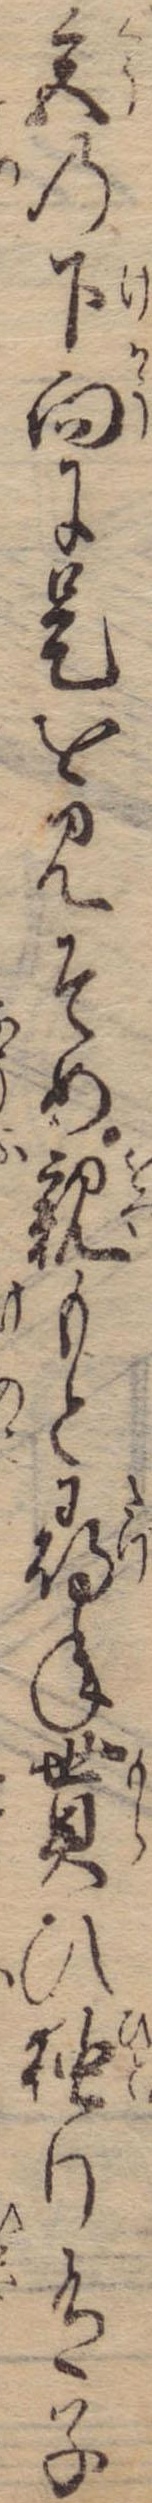
宮の下向に是を見そめ親もと尋ね貰ひ独り有子